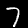
Digit: 7